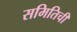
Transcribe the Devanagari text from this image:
समितिची